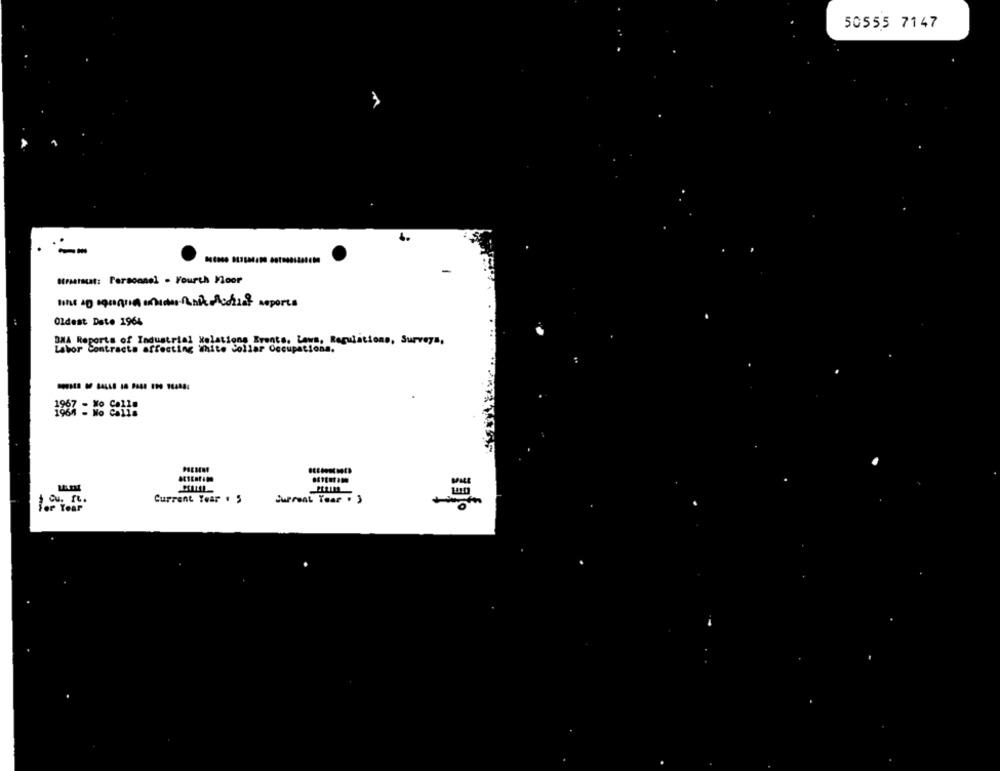
50555 7147
--
Straatsuat: Personnel - Fourth Floor
Oldest Dato 1964
DWA Reports of Industrial Xolations Erente. Laws, Regulations, Surveys,
or Contracts affecting white Collar Occupations.
-------
Current Year . 5
Current Toar . )